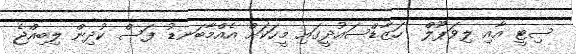
ސިޓީ އާއި ލިވަޕޫލް  ހަޒާޑްސައުދީގައި މީހަކަށް އެއްމާބަނޑު ފަސް ކުދިން ލިބިއްޖެ